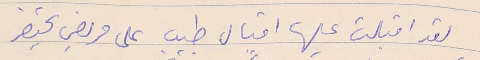
لقد اقبلت عليها اقبال طبيب على مريض يحتضر